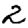
Digit: 2